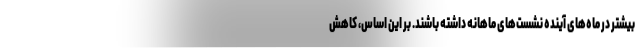
بیشتر در ماه‌های آینده نشست‌های ماهانه داشته باشند. بر این اساس، کاهش